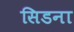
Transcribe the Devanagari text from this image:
सिडना